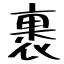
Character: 裹